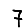
Digit: 7